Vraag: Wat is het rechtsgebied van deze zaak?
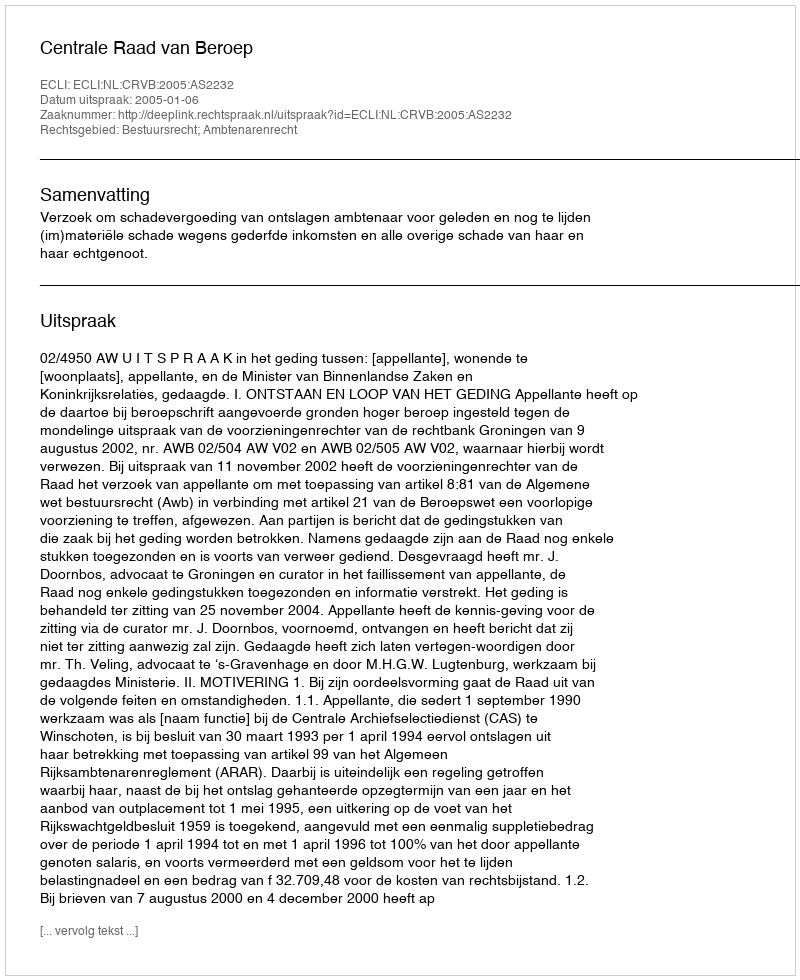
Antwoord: Bestuursrecht; Ambtenarenrecht